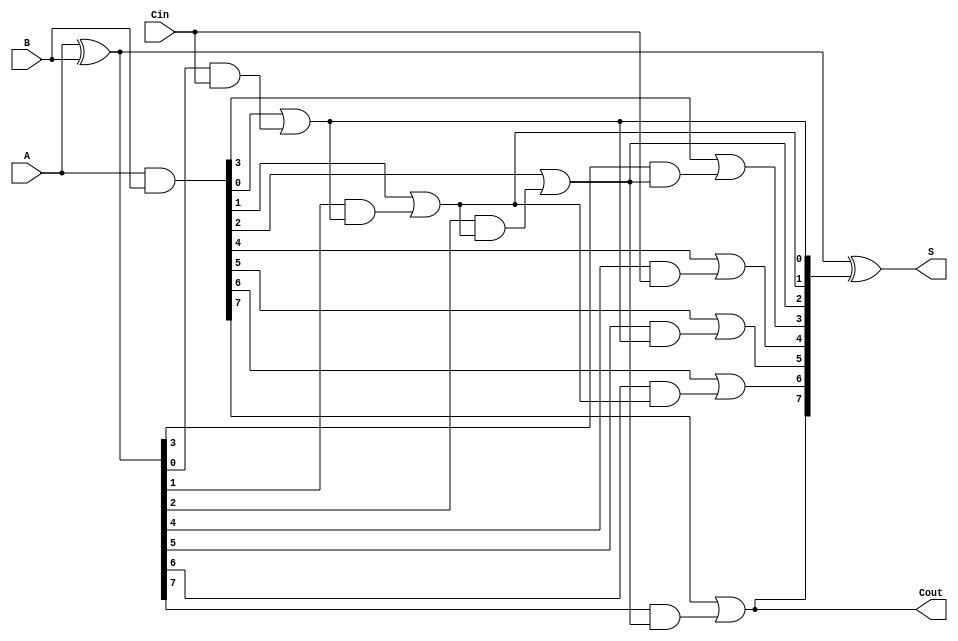
module sklansky_adder #(
    parameter N = 8 // Define the bit width of the adder
)(
    input  [N-1:0] A,    // First n-bit input
    input  [N-1:0] B,    // Second n-bit input
    input          Cin,   // Input carry
    output [N-1:0] S,     // n-bit sum output
    output         Cout    // Carry out
);

    // Generate and propagate signals
    wire [N-1:0] G; // Generate
    wire [N-1:0] P; // Propagate
    wire [N:0] C;   // Carry signals (C[0] is Cin)

    // Compute generate and propagate signals
    assign G = A & B;
    assign P = A ^ B;

    // Initial carry
    assign C[0] = Cin;

    // Compute carry signals using Sklansky logic
    genvar i;
    generate
        // Level 1
        for (i = 0; i < N/2; i = i + 1) begin : level1
            assign C[i + 1] = G[i] | (P[i] & C[i]);
        end

        // Level 2
        for (i = N/2; i < N; i = i + 1) begin : level2
            assign C[i + 1] = G[i] | (P[i] & C[i - (N/2)]);
        end
    endgenerate

    // Compute sum output
    assign S = P ^ C[N:1]; // Sum bits

    // Final carry out
    assign Cout = C[N];

endmodule